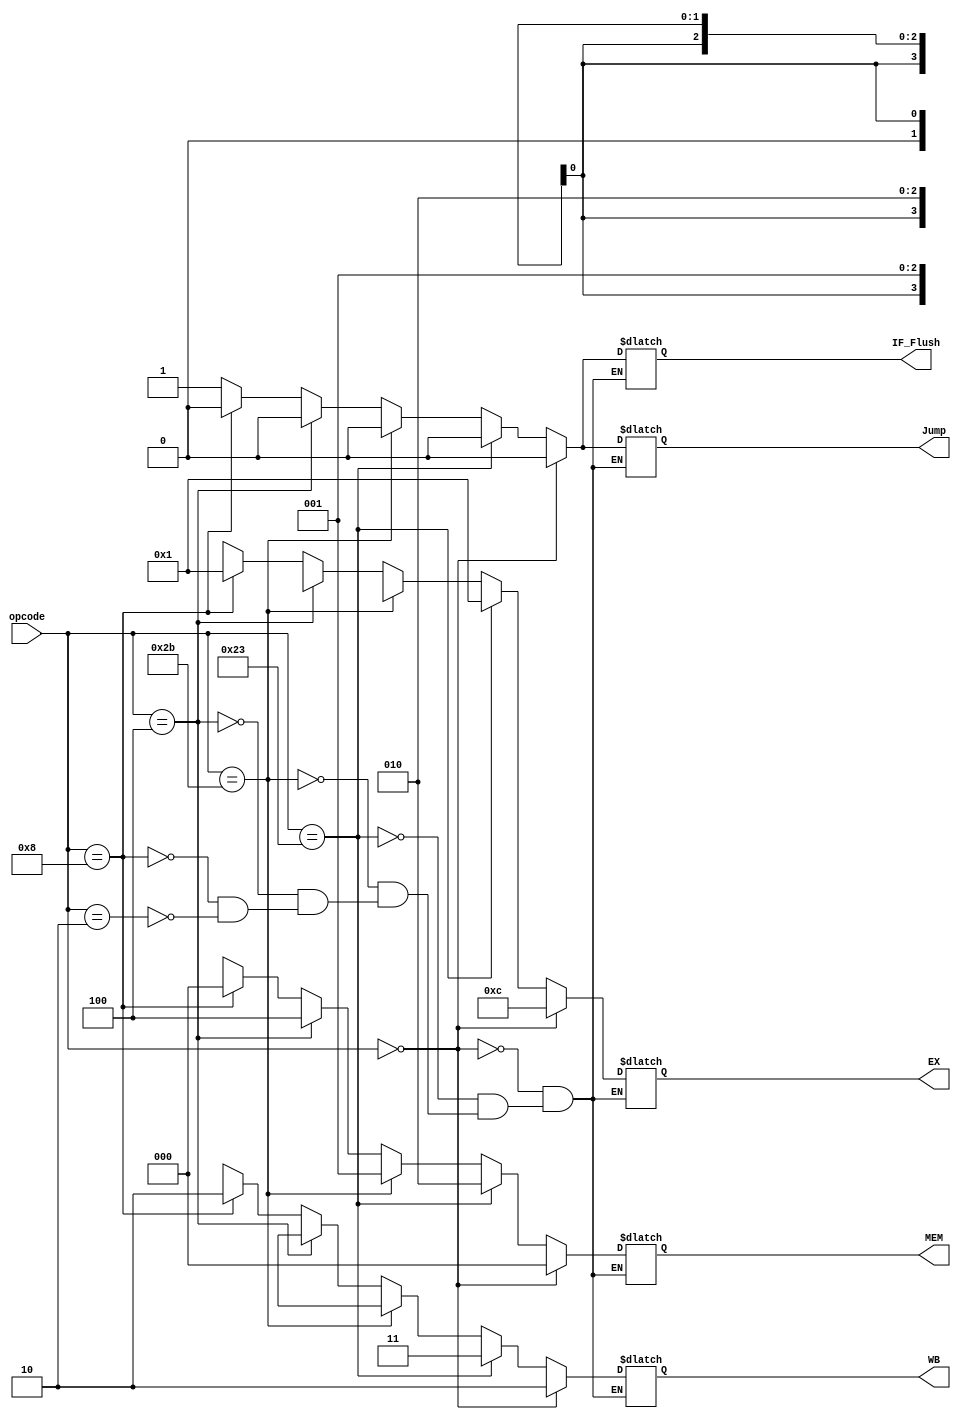
module control_unit(opcode, Jump, IF_Flush, EX, MEM, WB);
	input [5:0] opcode;
	output reg Jump, IF_Flush;
	output reg [3:0] EX;
	output reg [2:0] MEM;
	output reg [1:0] WB;

	// ALU op
	// 00 : lw, sw, addi(add)
	// 01 : beq, subi(sub)
	// 10 : R-Type
	// 11 : (add)
	always@ (opcode) begin
		if(opcode == 6'b000000) begin  // R-Type
			Jump <= 1'b0;
			EX <= 4'b1100;
			MEM <= 3'b000;
			WB <= 2'b10;
			IF_Flush <= 1'b0;
		end else if(opcode == 6'b100011) begin  // lw
			Jump <= 1'b0;
			IF_Flush <= 1'b0;
			EX <= 4'b0001;
			MEM <= 3'b010;
			WB <= 2'b11;
		end else if(opcode == 6'b101011) begin  // sw
			/*
			EX[2] = 1'b0;
			EX[1] = 1'b0;
			EX[0] = 1'b1;
			*/
			Jump <= 1'b0;
			EX <= 4'bx001;
			IF_Flush <= 1'b0;
			MEM <= 3'b001;
			WB <= 2'b0x;
		end else if(opcode == 6'b000100) begin  // beq
			Jump <= 1'b0;
			EX <= 4'bx010;
			MEM <= 3'b100;
			IF_Flush <= 1'b0;
			WB <= 2'b0x;
		end else if(opcode == 6'b001000) begin  // addi
			Jump <= 1'b0;
			EX <= 4'b0001;
			MEM <= 3'b000;
			IF_Flush <= 1'b0;
			WB <= 2'b10;
		end else if(opcode == 6'b000010) begin  // jump
			Jump <= 1'b1;
			EX <= 4'bx;
			MEM <= 3'bx;
			WB <= 2'bx;
			IF_Flush <= 1'b1;
		end
	end
endmodule